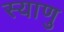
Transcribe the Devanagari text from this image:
स्याणु